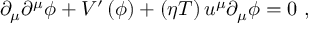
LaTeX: \partial _ { \mu } \partial ^ { \mu } \phi + V ^ { \prime } \left( \phi \right) + \left( \eta T \right) u ^ { \mu } \partial _ { \mu } \phi = 0 \ ,